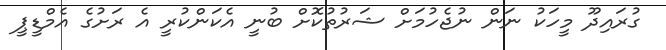
ގުރައިދޫ މީހަކު ނަން ނުޖެހުމަށް ޝަރުތުކޮށް ބުނީ އެކަންކުރީ އެ ރަށުގެ އެމްޑީޕީ